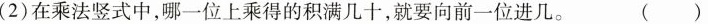
(2)在乘法竖式中，哪一位上乘得的积满几十，就要向前一位进几。 ( )